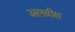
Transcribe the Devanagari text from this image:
अलवीस